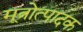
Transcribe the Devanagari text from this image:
मूत्रोत्पादक